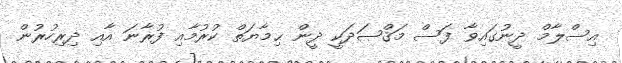
އިސްލާމް ދީނުގައިވާ ފަސް މަޤްޞަދަކީ ދީން ޙިމާޔަތް ކުރުމާއި ފުރާނަ އާއި ދިރިހުރުން